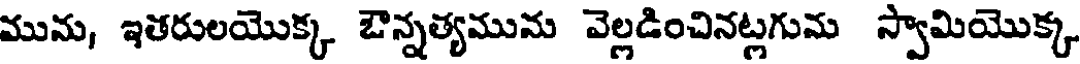
మును, ఇతరులయొక్క ఔన్నత్యమును వెల్లడించినట్లగుమ స్వామియొక్క